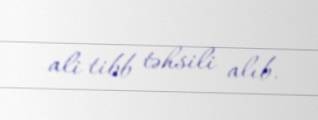
ali tibb təhsili alıb.